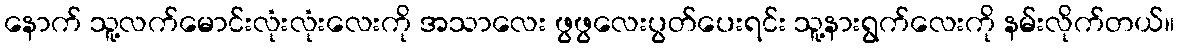
နောက် သူ့လက်မောင်းလုံးလုံးလေးကို အသာလေး ဖွဖွလေးပွတ်ပေးရင်း သူ့နားရွက်လေးကို နမ်းလိုက်တယ်။